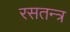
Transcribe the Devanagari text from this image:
रसतन्त्र